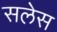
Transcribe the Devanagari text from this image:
सलेस